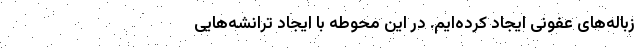
زباله‌های عفونی ایجاد کرده‌ایم. در این محوطه با ایجاد ترانشه‌هایی